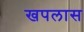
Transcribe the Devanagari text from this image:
खपलास